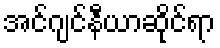
အင်ဂျင်နီယာဆိုင်ရာ